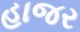
હાજર